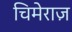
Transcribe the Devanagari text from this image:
चिमेराज़